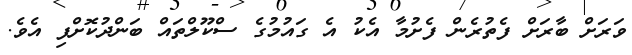
ވަރަށް ބާރަށް ފެތުރެން ފެށުމާ އެކު އެ ގައުމުގެ ސްކޫލްތައް ބަންދުކޮށްފި އެވެ.